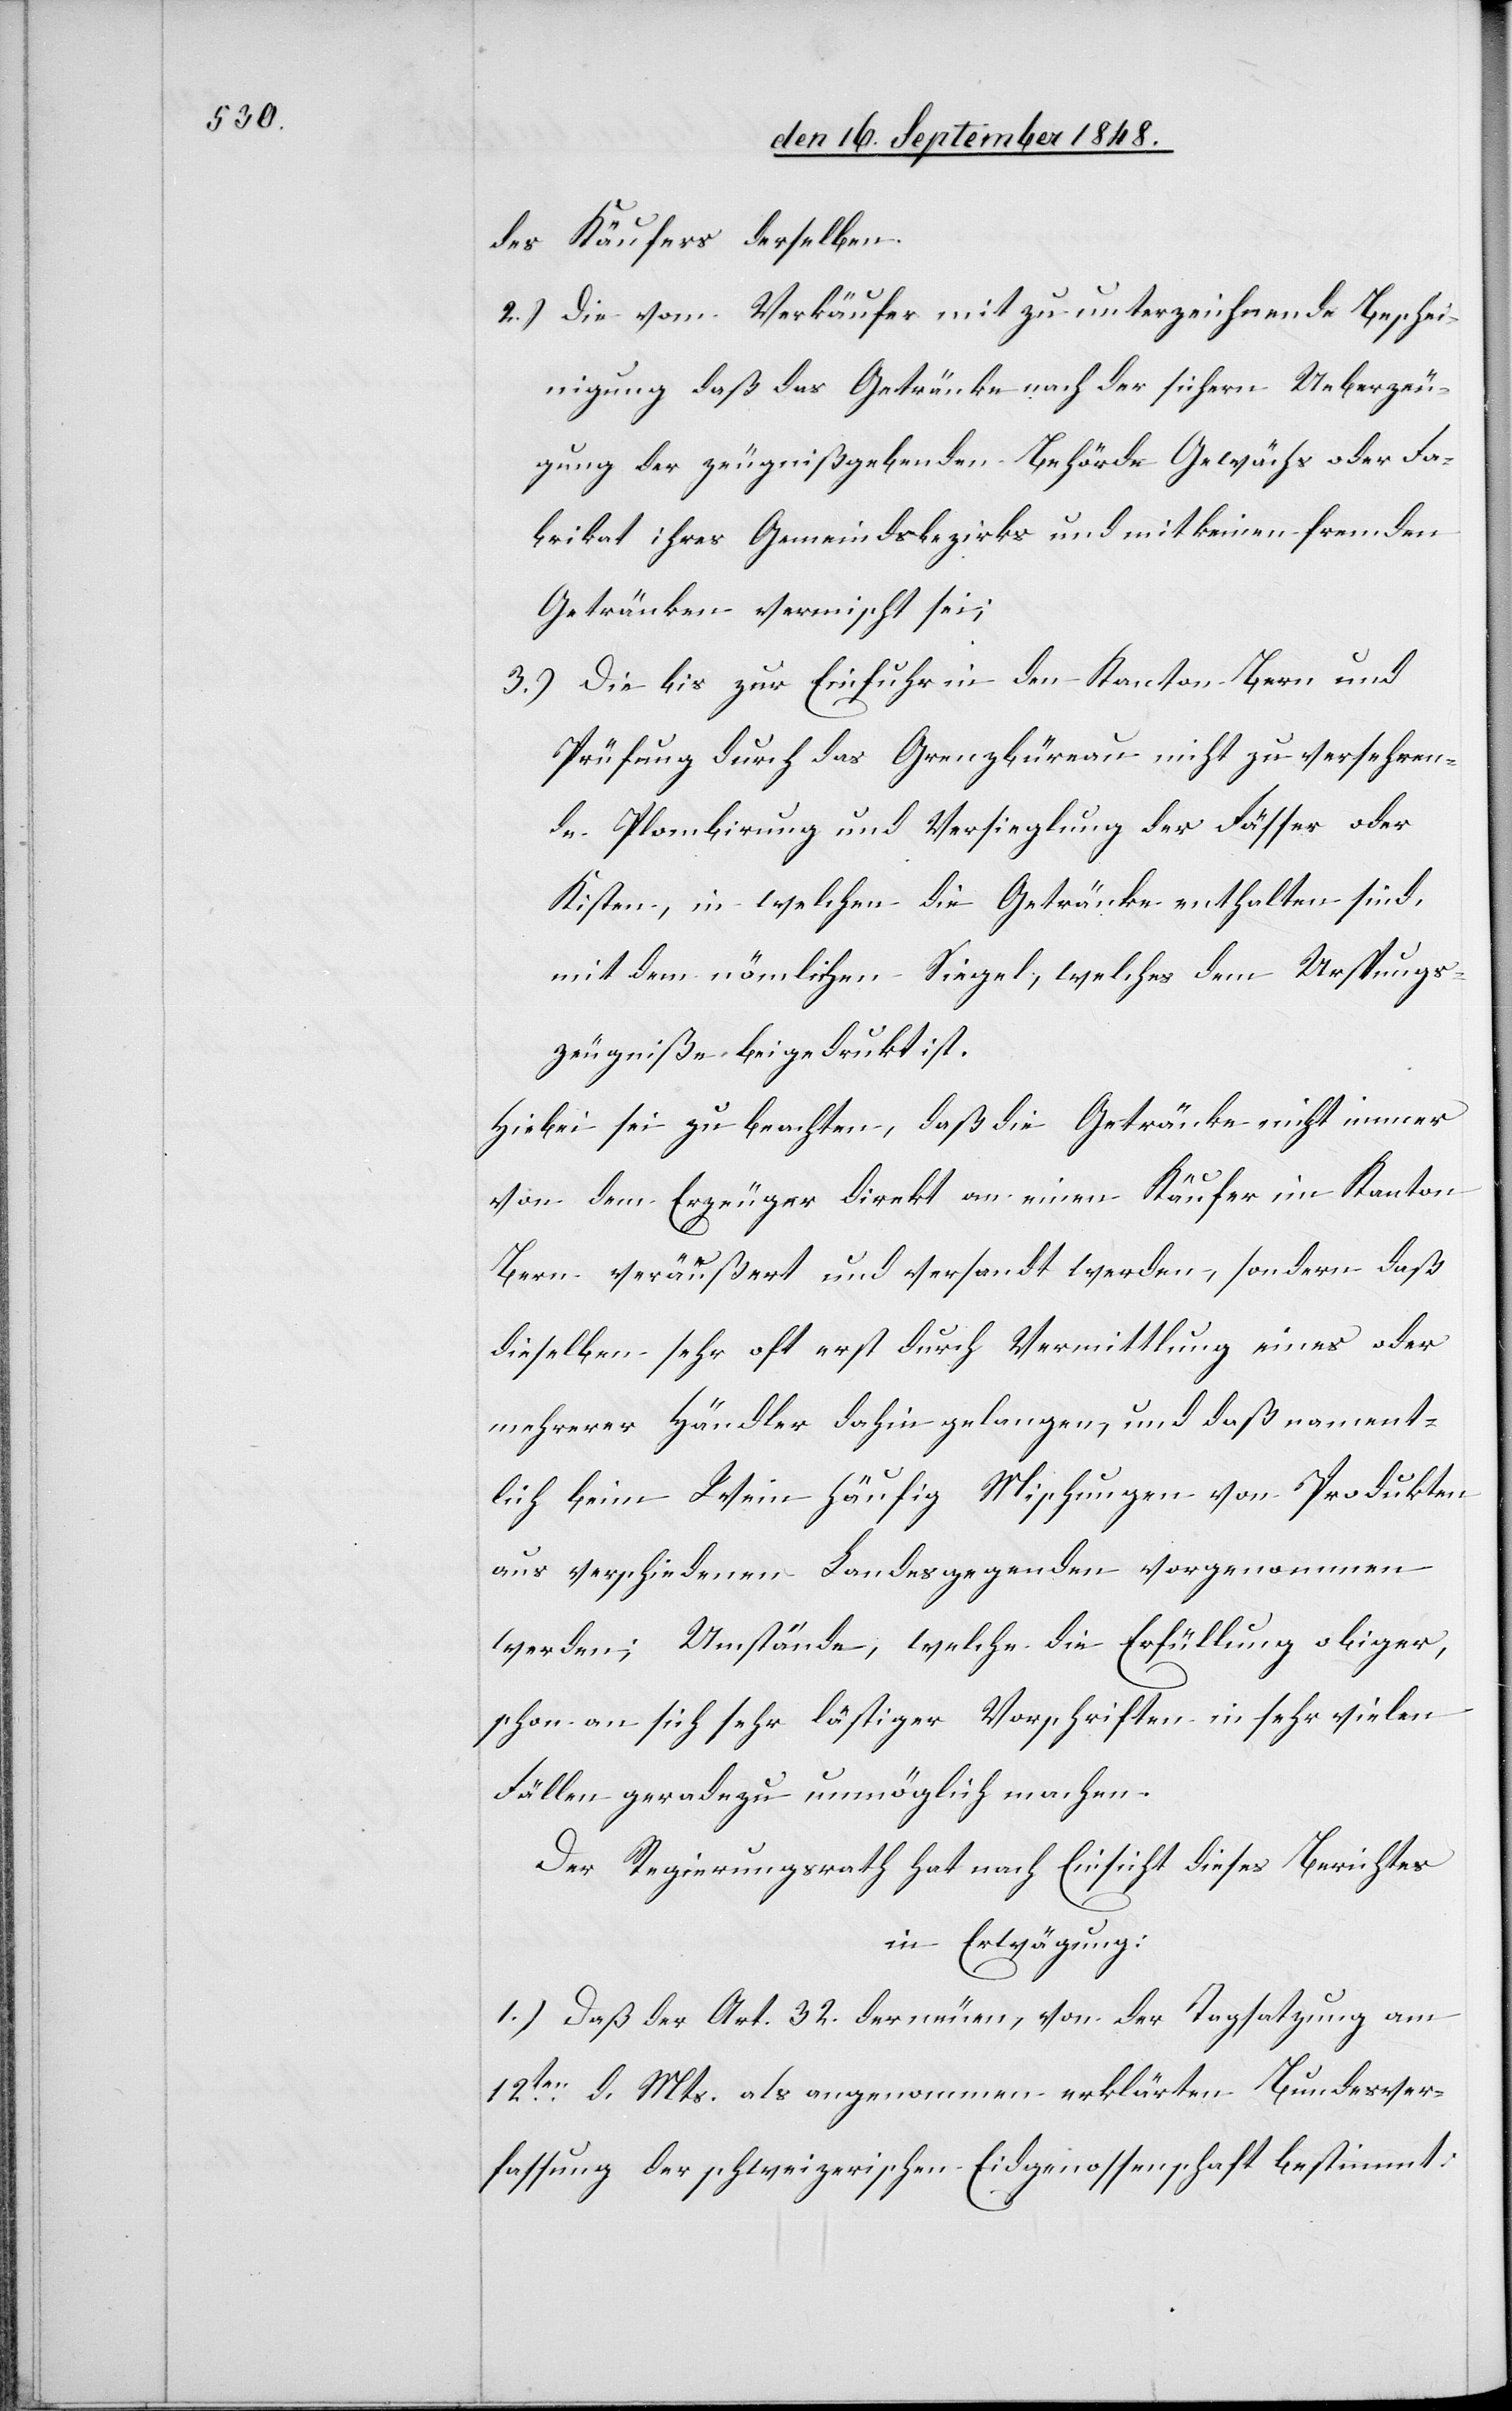
des Käufers derselben.
2.) Die vom Verkäufer mit zu unterzeichnende Beschei¬
nigung daß das Getränke nach der sichern Ueberzeu¬
gung der zeugnißgebenden Behörde Gewächs oder Fa¬
brikat ihres Gemeindsbezirks und mit keinen fremden
Getränken vermischt sei;
3.) Die bis zur Einfuhr in den Kanton Bern und
Prüfung durch das Grenzbüreau nicht zu versehren¬
de Plombirung und Versieglung der Fässer oder
Kisten, in welchen die Getränke enthalten sind,
mit dem nämlichen Siegel, welches dem Ursprungs¬
zeugniße eingedruckt ist.
Hiebei sei zu beachten, daß die Getränke nicht immer
von dem Erzeuger direkt an einen Käufer im Kanton
Bern veräußert und versandt werden, sondern daß
dieselben sehr oft erst durch Vermittlung eines oder
mehrerer Händler dahin gelangen, und daß nament¬
lich beim Wein häufig Mischungen von Produkten
aus verschiedenen Landesgegenden vorgenommen
werden; Unstände, welche die Erfüllung obiger,
schon an sich sehr lästiger Vorschriften in sehr vielen
Fällen geradezu unmöglich machen.
Der Regierungsrath hat nach Einsicht dieses Berichtes
in Erwägung:
1.) Daß der Art. 32. der neuen, von der Tagsatzung am
12ten d. Mts. als angenommen erklärten Bundesver¬
fassung der schweizerischen Eidgenossenschaft bestimmt: